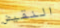
النقيض